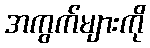
အကွက်များကို